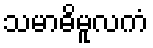
သမာဓိမူလကံ